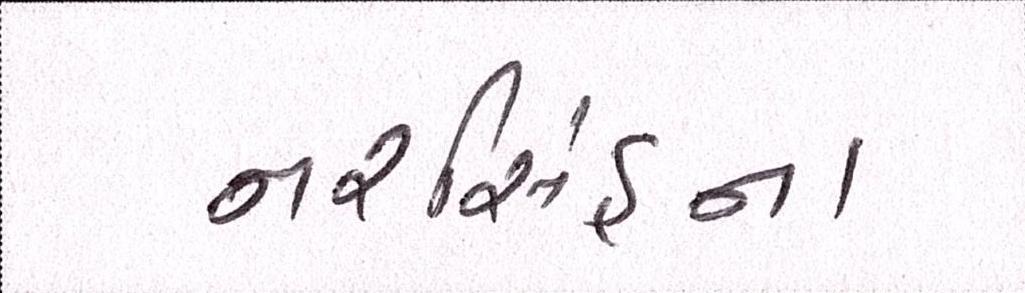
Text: નરસિંહના